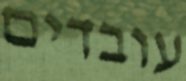
עובדים